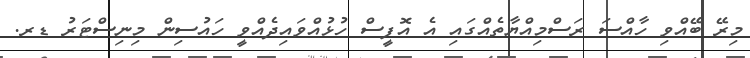
މިރޭ ބޭއްވި ހާއްސަ ރަސްމިއްޔާތެއްގައި އެ އޮފީސް ހުޅުއްވައިދެއްވީ ހައުސިން މިނިސްޓަރު ޑރ.